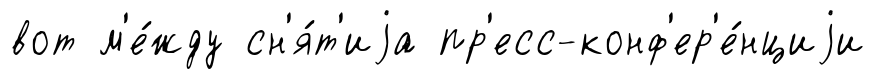
вот м'е́жду сн'я́т'иjа пр'есс-конф'ер'е́нциjи